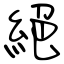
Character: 絕